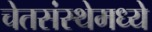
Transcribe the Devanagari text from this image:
चेतसंस्थेमध्ये